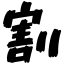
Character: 割